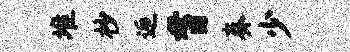
堆杪逅耆奏少